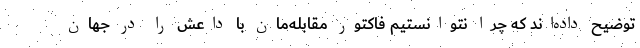
توضیح داده‌اند که چرا نتوانستیم فاکتور مقابله‌مان با داعش را در جهان